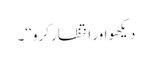
دیکھو اور انتظار کرو ‘‘۔